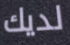
لديك